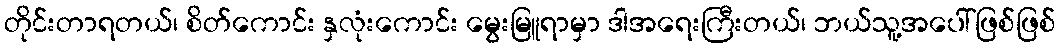
တိုင်းတာရတယ်၊ စိတ်ကောင်း နှလုံးကောင်း မွေးမြူရာမှာ ဒါအရေးကြီးတယ်၊ ဘယ်သူ့အပေါ်ဖြစ်ဖြစ်